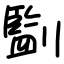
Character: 㔋